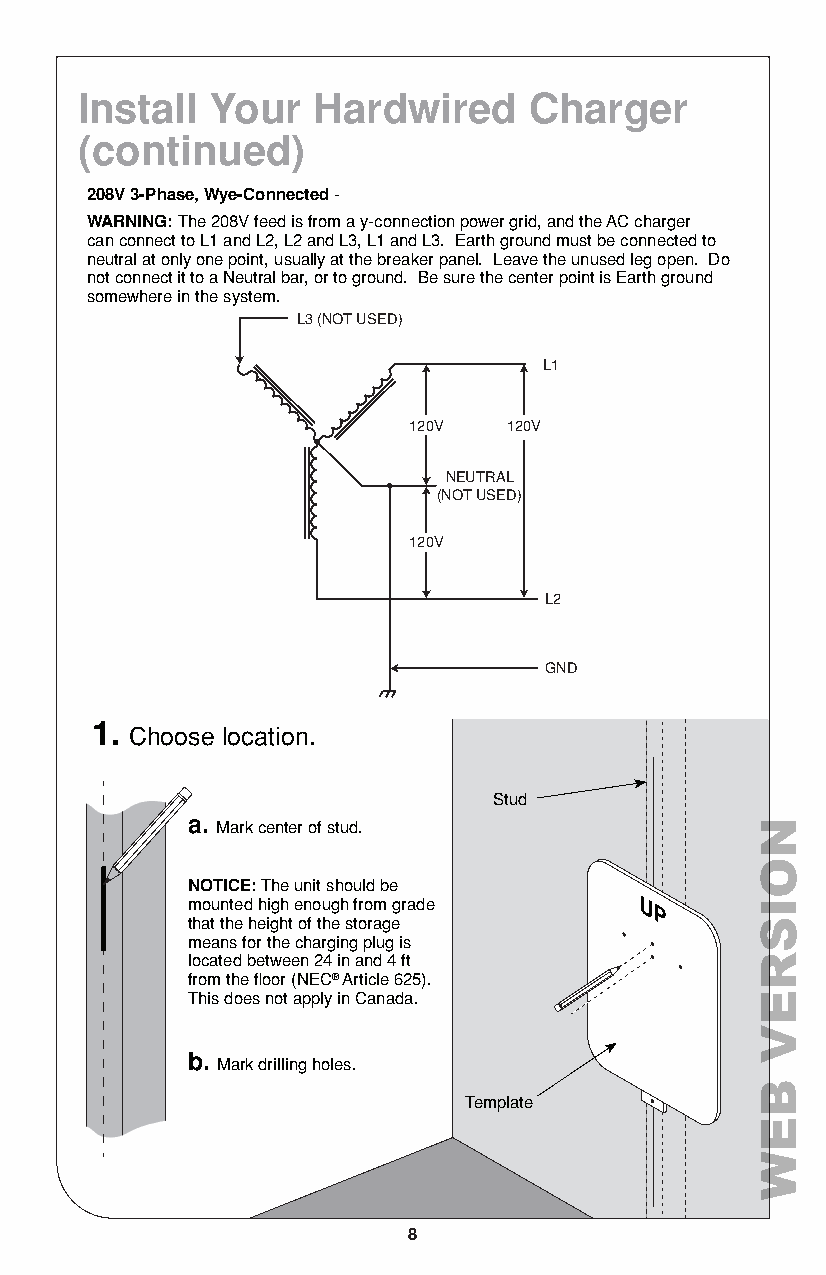
Install  Your   Hardwired     Charger
 (continued)
 208V 3-Phase, Wye-Connected -
 WARNING: The 208V feed is from a y-connection power grid, and the AC charger
 can connect to L1 and L2, L2 and L3, L1 and L3. Earth ground must be connected to
 neutral at only one point, usually at the breaker panel. Leave the unused leg open. Do
 not connect it to a Neutral bar, or to ground. Be sure the center point is Earth ground
 somewhere in the system.
 L3 (NOT USED)
 L1
 120V   120V
 NEUTRAL
 (NOT USED)
 120V
 L2
 GND
 1.
 Choose location.
 Stud
 a. Mark center of stud.
 NOTICE: The unit should be
 mounted high enough from grade UU
 PP
 that the height of the storage
 means for the charging plug is
 located between 24 in and 4 ft
 from the floor (NEC® Article 625).
 This does not apply in Canada.
 b.
 Mark drilling holes.
 Template
 8
 NOISREV
 BEW